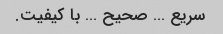
سریع … صحیح … با کیفیت.